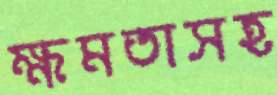
ক্ষমতাসহ